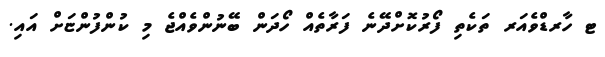
ޓ ހާރޑްވެއަރ ތަކެތި ފޯރުކޮށްދޭނެ ފަރާތެއް ހޯދަން ބޭނުންވެއްޖެ މި ކުންފުންޏަށް އައި.